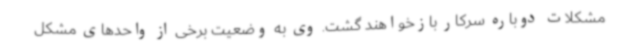
مشکلات دوباره سرکار بازخواهند گشت. وی به وضعیت برخی از واحدهای مشکل